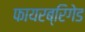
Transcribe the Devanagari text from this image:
फायरब्रिगेड